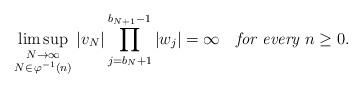
LaTeX: \begin{align*}\limsup_{\genfrac{}{}{0pt}{1}{N\to\infty }{N\in\,\varphi ^{-1}(n)}}|v_{N}|\prod_{j=b_N+1}^{b_{N+1}-1} |w_{j}|=\infty\quad\emph{for every}\ n\ge 0.\end{align*}